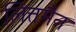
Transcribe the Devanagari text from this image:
लित्तमैन